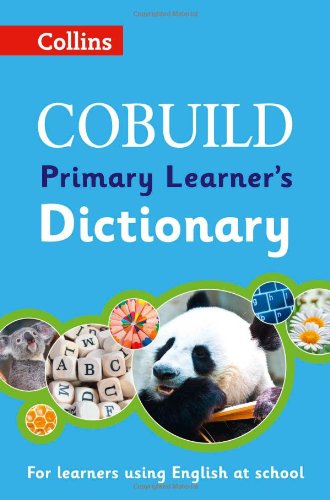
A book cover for Collins Cobuild Primary LearnerEEs Dictionary; Collins Dictionaries; Teen & Young Adult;